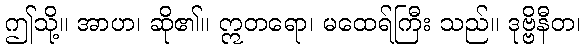
ဤသို့။ အာဟ၊ ဆို၏။ ဣတရော၊ မထေရ်ကြီး သည်။ ဒုဗ္ဗိနီတ၊